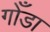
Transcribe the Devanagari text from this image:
गोँडा